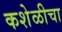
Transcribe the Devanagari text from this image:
कशेळीचा